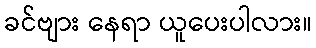
ခင်ဗျား နေရာ ယူပေးပါလား။